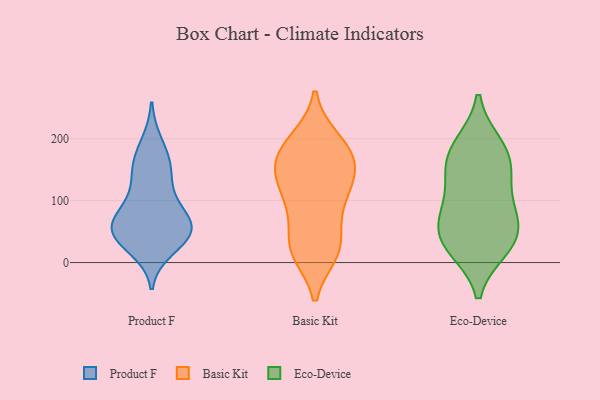
{"axis": {"x": "Customer Acquisition Cost (USD)", "y": "Value"}, "legend": ["Basic Kit", "Eco-Device", "Product F"], "data": [{"x": "", "y": 49, "type": "Product F"}, {"x": "", "y": 54, "type": "Product F"}, {"x": "", "y": 192, "type": "Product F"}, {"x": "", "y": 48, "type": "Product F"}, {"x": "", "y": 142, "type": "Product F"}, {"x": "", "y": 106, "type": "Product F"}, {"x": "", "y": 71, "type": "Product F"}, {"x": "", "y": 89, "type": "Product F"}, {"x": "", "y": 53, "type": "Product F"}, {"x": "", "y": 56, "type": "Product F"}, {"x": "", "y": 42, "type": "Product F"}, {"x": "", "y": 24, "type": "Product F"}, {"x": "", "y": 163, "type": "Product F"}, {"x": "", "y": 153, "type": "Product F"}, {"x": "", "y": 191, "type": "Basic Kit"}, {"x": "", "y": 199, "type": "Basic Kit"}, {"x": "", "y": 16, "type": "Basic Kit"}, {"x": "", "y": 198, "type": "Basic Kit"}, {"x": "", "y": 26, "type": "Basic Kit"}, {"x": "", "y": 85, "type": "Basic Kit"}, {"x": "", "y": 136, "type": "Basic Kit"}, {"x": "", "y": 17, "type": "Basic Kit"}, {"x": "", "y": 175, "type": "Basic Kit"}, {"x": "", "y": 26, "type": "Basic Kit"}, {"x": "", "y": 150, "type": "Basic Kit"}, {"x": "", "y": 161, "type": "Basic Kit"}, {"x": "", "y": 75, "type": "Basic Kit"}, {"x": "", "y": 22, "type": "Basic Kit"}, {"x": "", "y": 104, "type": "Basic Kit"}, {"x": "", "y": 162, "type": "Basic Kit"}, {"x": "", "y": 155, "type": "Basic Kit"}, {"x": "", "y": 127, "type": "Basic Kit"}, {"x": "", "y": 111, "type": "Basic Kit"}, {"x": "", "y": 162, "type": "Eco-Device"}, {"x": "", "y": 23, "type": "Eco-Device"}, {"x": "", "y": 73, "type": "Eco-Device"}, {"x": "", "y": 190, "type": "Eco-Device"}, {"x": "", "y": 187, "type": "Eco-Device"}, {"x": "", "y": 30, "type": "Eco-Device"}, {"x": "", "y": 30, "type": "Eco-Device"}, {"x": "", "y": 149, "type": "Eco-Device"}, {"x": "", "y": 137, "type": "Eco-Device"}, {"x": "", "y": 92, "type": "Eco-Device"}, {"x": "", "y": 77, "type": "Eco-Device"}, {"x": "", "y": 48, "type": "Eco-Device"}]}